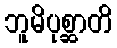
ဘူမိပုစ္ဆာတိ